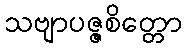
သဗျာပဇ္ဇစိတ္တော